Tezpur Lunatic Asylum reports 1877-1894 - 1877-1894
Year: 1877
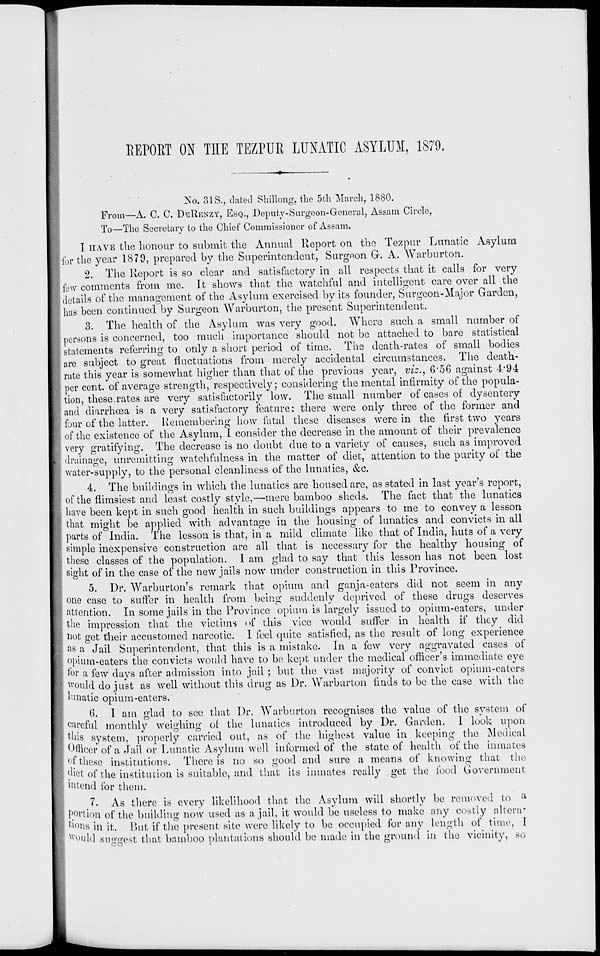
REPORT ON THE TEZPUR LUNATIC ASYLUM, 1879,
No. 31S., dated Shillong, the 5th March, 1880.
From—A. C. C. DERENZY, ESQ., Deputy-Surgeon-General, Assam Circle,
To—The Secretary to the Chief Commissioner of Assam.
I HAVE the honour to submit the Annual Report on the Tezpur Lunatic Asylum
Ifor the year 1879, prepared by the Superintendent, Surgeon Gr. A. Warburton.
2. The Report is so clear and satisfactory in all respects that it calls for very
few comments from me. It shows that the watchful and intelligent care over all the
details of the management of the Asylum exercised by its founder, Surgeon-Major Garden,
has been continued by Surgeon Warburton, the present Superintendent.
3. The health of the Asylum was very good. Where such a small number of
persons is concerned, too much importance should not be attached to bare statistical
statements referring to only a short period of time. The death-rates of small bodies
are subject to great fluctuations from merely accidental circumstances. The death-
rate this year is somewhat higher than that of the previous year, viz., 6'56 against 4*94
percent, of average strength, respectively; considering the mental infirmity of the popula-
tion, these, rates are very satisfactorily low. The small number of cases of dysentery
and diarrhoea is a very satisfactory feature: there were only three of the former and
four of the latter. Remembering how fatal these diseases were in the first two years
of the existence of the Asylum, I consider the decrease in the amount of their prevalence
very gratifying. The decrease is no doubt due to a variety of causes, such as improved
[ drainage, unremitting watchfulness in the matter of diet, attention to the purity of the
1 water-supply, to the personal cleanliness of the lunatics, &c.
4. The buildings in which the lunatics are housed are, as stated in last year's report,
of the flimsiest and least costly style,—mere bamboo sheds. The fact that the lunatics
have been kept in such good health in such buildings appears to me to convey a lesson
that might be applied with advantage in the housing of lunatics and convicts in all
parts of India. The lesson is that, in a mild climate like that of India, huts of a very
simple inexpensive construction are all that is necessary for the healthy housing of
these classes of the population. I am glad to say that this lesson has not been lost
sight of in the case of the new jails now under construction in this Province.
5. Dr. Warburton's remark that opium and ganja-eaters did not seem in any
one case to suffer in health from being suddenly deprived of these drugs deserves
attention. In some jails in the Province opium is largely issued to opium-eaters, under
the impression that the victims of this vice would suffer in health if they did
not get their accustomed narcotic. I feel quite satisfied, as the result of long experience
as a Jail Superintendent, that this is a mistake. In a few very aggravated cases of
opium-eaters the convicts would have to be kept under the medical officer's immediate eye
lor a few days after admission into jail ; but the vast majority of convict opium-caters
would do just as well without this drug as Dr. Warburton finds to be the case with the
lunatic opium-eaters.
6. I. am glad to see that Dr. Warburton recognises the value of the system of
careful monthly weighing of the lunatics introduced by Dr. Garden. 1 look upon
this system, properly carried out, as of the highest value in keeping the Medical
Officer of a Jail or Lunatic Asylum well informed of the state of health of the inmates
() 1 these institutions. There is no so good and sure a means of knowing that the
diet of the institution is suitable, and that its inmates really get the food Government
intend for them.
7. As there is every likelihood that the Asylum will shortly be removed to a
portion of the building now used as a jail, it would be useless to make any costly altera"
'ions in it. But if the present site were likely to be occupied for any length of time, I
^'ould suggest that bamboo plantations should be made in the ground in the vicinity, so